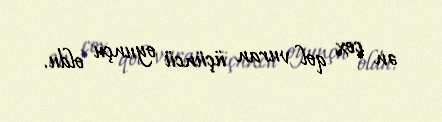
ən çox qol vuran üçüncü oyunçu oldu.